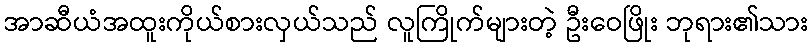
အာဆီယံအထူးကိုယ်စားလှယ်သည် လူကြိုက်များတဲ့ ဦးဝေဖြိုး ဘုရား၏သား